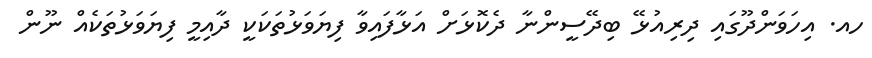
ހއ. އިހަވަންދޫގައި ދިރިއުޅޭ ބިދޭސީންނާ ދެކޮޅަށް އަޅާފައިވާ ފިޔަވަޅުތަކަކީ ދާއިމީ ފިޔަވަޅުތަކެއް ނޫން